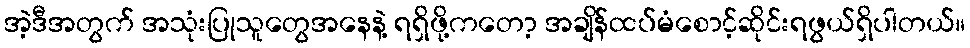
အဲ့ဒီအတွက် အသုံးပြုသူတွေအနေနဲ့ ရရှိဖို့ကတော့ အချိန်ထပ်မံစောင့်ဆိုင်းရဖွယ်ရှိပါတယ်။